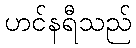
ဟင်နရီသည်